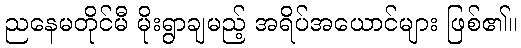
ညနေမတိုင်မီ မိုးရွာချမည့် အရိပ်အယောင်များ ဖြစ်၏။